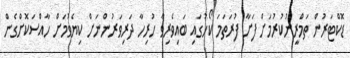
ޑޮކްޓަރުން ތަމްރީނުކުރުމަށް ފަށާ ފުރަތަމަ ކޯހުގައި ބައިވެރިވާ ހުރިހާ ދަރިވަރުންނަށް ކިޔެވުމަށް ހާއްސަކޮށްގެން